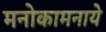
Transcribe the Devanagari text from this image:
मनोकामनाये